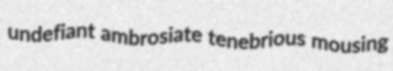
undefiant ambrosiate tenebrious mousing